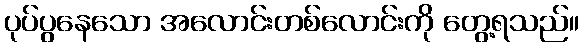
ပုပ်ပွနေသော အလောင်းတစ်လောင်းကို တွေ့ရသည်။